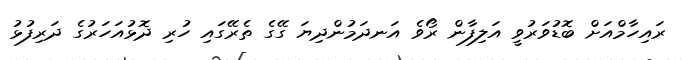
ރައިހާމްއަށް ބޮޑުވަރުވީ އަލިފާން ރޯވެ އަނދަމުންދިޔަ ގޭގެ ތެރޭގައި ހުރި ދޮޅުއަހަރުގެ ދަރިފުޅު